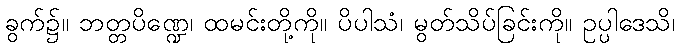
ခွက်၌။ ဘတ္တပိဏ္ဍေ၊ ထမင်းတို့ကို။ ပိပါသံ၊ မွတ်သိပ်ခြင်းကို။ ဥပ္ပါဒေသိ၊